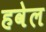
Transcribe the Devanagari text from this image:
हवेल